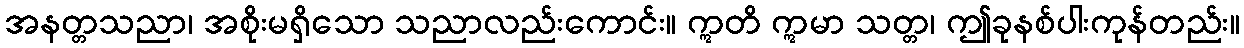
အနတ္တသညာ၊ အစိုးမရှိသော သညာလည်းကောင်း။ ဣတိ ဣမာ သတ္တ၊ ဤခုနစ်ပါးကုန်တည်း။